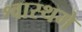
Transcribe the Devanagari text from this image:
श्वास्थमे